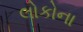
લોકોના